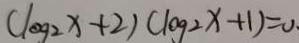
( \log 2 x + 2 ) ( \log 2 x + 1 ) = 0 .